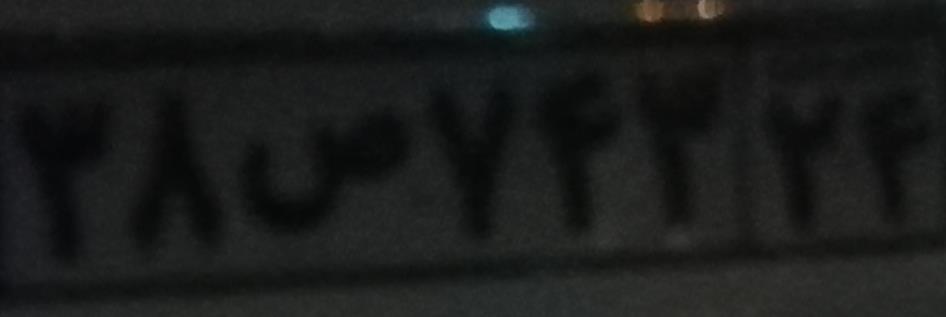
۳۸ص۷۴۳۲۴